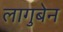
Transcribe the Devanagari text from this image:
लागुबेन